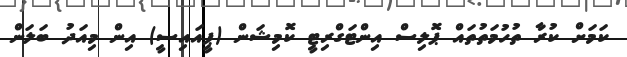
ކަމަށް ކުރާ ތުހުމަތުތައް ޕޮލިސް އިންޓަގްރިޓީ ކޮމިޝަން (ޕީއައިސީ) އިން މިއަދު ބަލަން